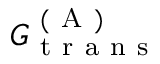
G _ { \mathrm { ~ t ~ r ~ a ~ n ~ s ~ } } ^ { \mathrm { ~ ( ~ A ~ ) ~ } }